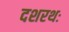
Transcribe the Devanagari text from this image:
दशरथः